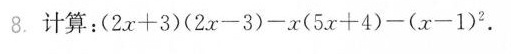
8. 计算：（2x+3）(2x-3)-x(5x+4)-x(x-1)^{2}